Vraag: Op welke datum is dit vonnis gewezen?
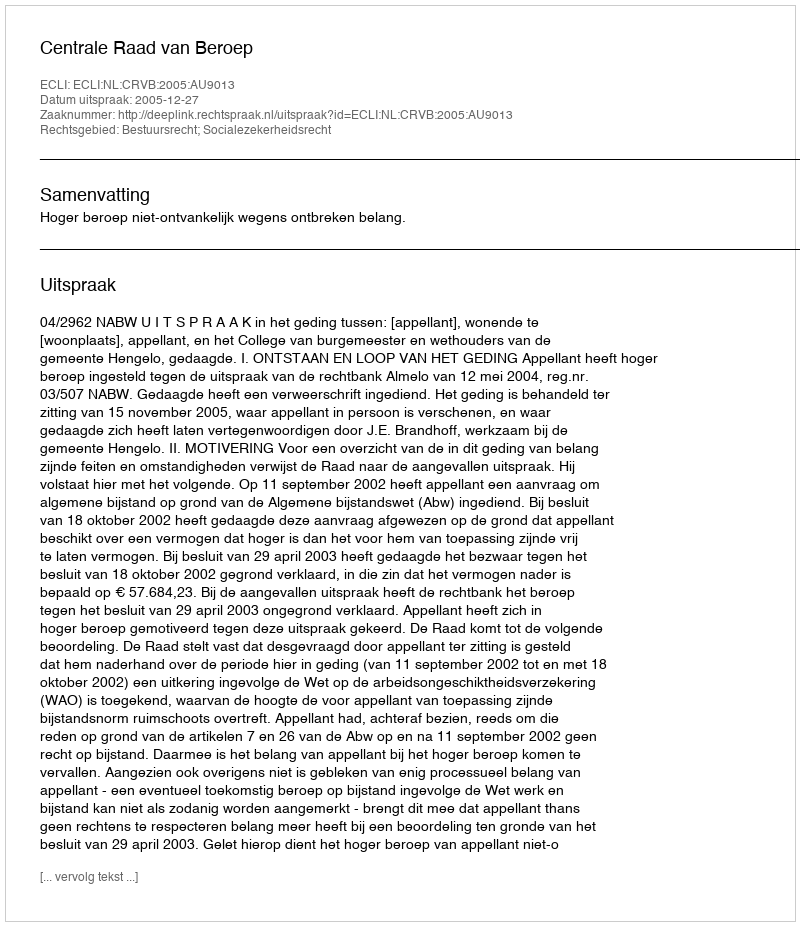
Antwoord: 2005-12-27